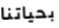
بحياتنا